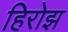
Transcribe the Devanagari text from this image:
हिरोझ